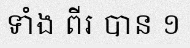
ទាំង ពីរ បាន ១